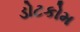
ડોટકોમ